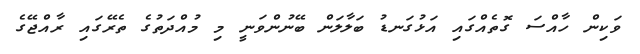
ވަކިން ހާއްސަ ގޮތެއްގައި އަޅުގަނޑު ބަލާލަން ބޭނުންވަނީ މި މުއްދަތުގެ ތެރޭގައި ރާއްޖޭގެ